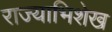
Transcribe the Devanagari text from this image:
राज्याभिशेख